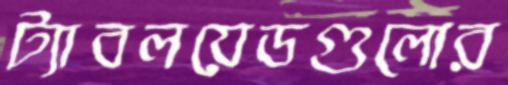
ট্যাবলয়েডগুলোর